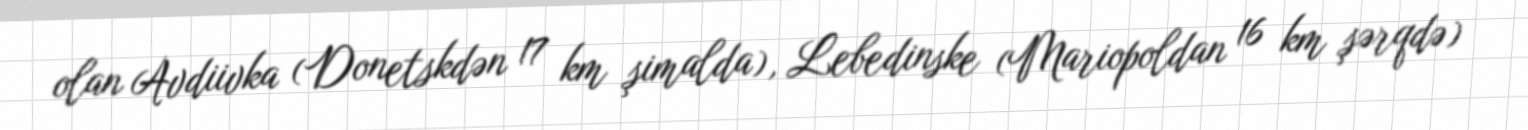
olan Avdiivka (Donetskdən 17 km şimalda), Lebedinske (Mariopoldan 16 km şərqdə)